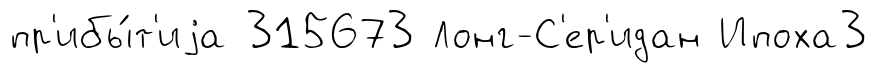
пр'ибы́т'иjа 315673 Лонг-С'ер'идан Ипоха3